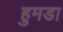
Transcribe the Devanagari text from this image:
हुमडा